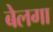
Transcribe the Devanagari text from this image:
बेलगा